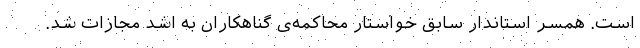
است. همسر استاندار سابق خواستار محاکمه‌ی گناهکاران به اشد مجازات شد.